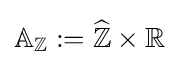
\mathbb {A} _{\mathbb {Z} }:={\widehat {\mathbb {Z} }}\times \mathbb {R}